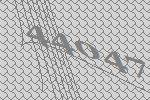
44047